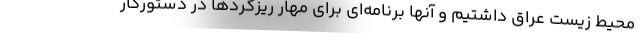
محیط زیست عراق داشتیم و آنها برنامه‌ای برای مهار ریزگردها در دستورکار